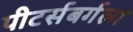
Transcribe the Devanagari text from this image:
पीटर्सबर्गला